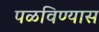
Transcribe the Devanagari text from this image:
पळविण्यास